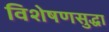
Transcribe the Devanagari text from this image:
विशेषणसुद्धा